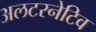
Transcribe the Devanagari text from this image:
अलटरनेटिव